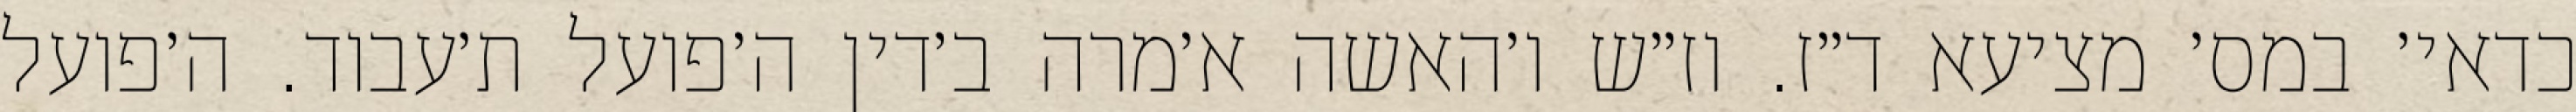
כדאי׳ במס׳ מציעא ד״ז. וז״ש ו׳האשה א׳מרה ב׳דין ה׳פועל ת׳עבוד. ה׳פועל